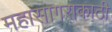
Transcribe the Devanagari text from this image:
महासागराकाठी